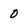
Character: 0